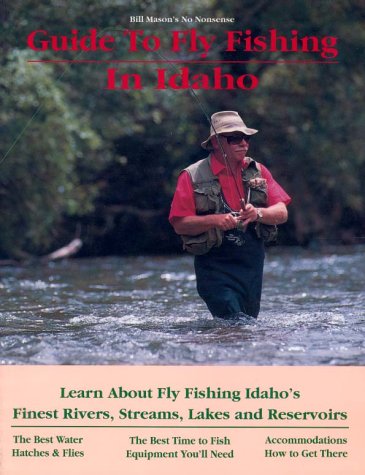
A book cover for Guide to Fly Fishing in Idaho; Bill Mason; Travel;